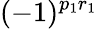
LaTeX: (-1)^{p_{1}r_{1}}